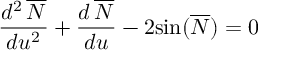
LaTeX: \frac { d ^ { 2 } \, \overline { { { \cal { N } } } } } { d u ^ { 2 } } + \frac { d \, \overline { { { \cal { N } } } } } { d u } - 2 { \sin } ( \overline { { { \cal { N } } } } ) = 0